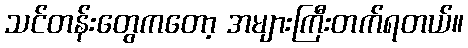
သင်တန်းတွေကတော့ အများကြီးတက်ရတယ်။